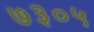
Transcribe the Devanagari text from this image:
७३०५